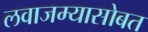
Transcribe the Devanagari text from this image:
लवाजम्यासोबत